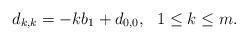
LaTeX: \begin{align*} d_{k,k}=-kb_{1}+d_{0,0}, \ \ 1\leq k\leq m.\end{align*}